Insane asylums in Bengal annual reports 1867-1875 - 1867-1875
Year: 1867
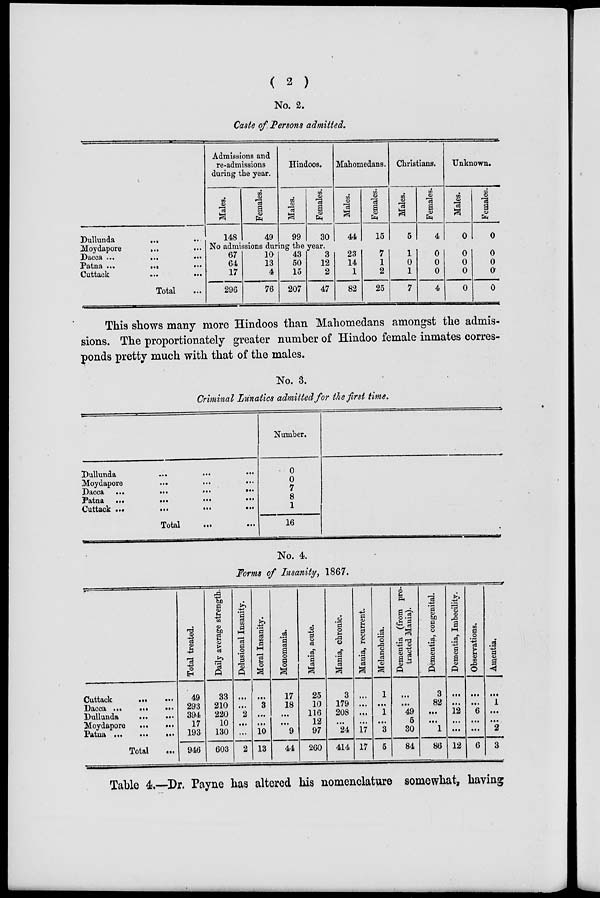
( 2 )
No. 2.
Caste of Persons admitted.
Dullunda
... ...
Moydapore
...
...
Dacca ...
...
...
Patna ...
... ...
Cuttack ... ...
Total ...
Admissions and
re-admissions
during the year.
Males.
148
Females.
49
Hindoos.
Males.
99
Females.
30
Mahomedans.
Males.
44
Females.
15
Christians.
Males.
5
Females.
4
Unknown.
Males.
0
Females.
0
No admissions during the year.
67
64
17
296
10
13
4
76
43
50
15
207
3
12
2
47
23
14
1
82
7
1
2
25
1
0
1
7
0
0
0
4
0
0
0
0
0
0
0
0
This shows many more Hindoos than Mahomedans amongst the admis-
sions. The proportionately greater number of Hindoo female inmates corres-
ponds pretty much with that of the males.
No. 3.
Criminal Lunatics admitted for the first time.
Dullunda
...
... ...
Moydapore
...
...
...
Dacca ...
...
...
...
Patna ...
...
...
...
Cuttack ...
...
...
...
Total
...
...
Number.
0
0
7
8
1
16
No. 4.
Forms of Insanity, 1867.
Cuttack
...
...
Dacca ...
...
...
Dullunda
...
...
Moydapore
...
...
Patna ...
...
...
Total ...
Total treated.
49
293
394
17
193
946
Daily average strength.
33
210
220
10
130
603
Delusional Insanity.
...
...
2
...
...
2
Moral Insanity.
...
3
...
...
10
13
Monomania.
17
18
...
...
9
44
Mania, acute.
25
10
116
12
97
260
Mania, chronic.
3
179
208
...
24
414
Mania, recurrent.
...
...
...
...
17
17
Melancholia.
1
...
1
...
3
5
Dementia (from pro-
tracted Mania).
...
...
49
5
30
84
Dementia, congenital.
3
82
...
...
1
86
Dementia, Imbecility.
...
...
12
...
...
12
Observations.
...
...
6
...
...
6
Amentia.
...
1
...
...
2
3
Table 4.—Dr. Payne has altered his nomenclature somewhat, having